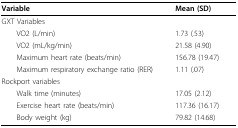
<table><thead><tr><td><b>Variable</b></td><td><b>Mean (SD)</b></td></tr></thead><tbody><tr><td>GXT Variables</td><td></td></tr><tr><td> VO2 (L/min)</td><td>1.73 (.53)</td></tr><tr><td> VO2 (mL/kg/min)</td><td>21.58 (4.90)</td></tr><tr><td> Maximum heart rate (beats/min)</td><td>156.78 (19.47)</td></tr><tr><td> Maximum respiratory exchange ratio (RER)</td><td>1.11 (.07)</td></tr><tr><td>Rockport variables</td><td></td></tr><tr><td> Walk time (minutes)</td><td>17.05 (2.12)</td></tr><tr><td> Exercise heart rate (beats/min)</td><td>117.36 (16.17)</td></tr><tr><td> Body weight (kg)</td><td>79.82 (14.68)</td></tr></tbody></table>